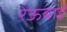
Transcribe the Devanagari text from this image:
रेऊबाई